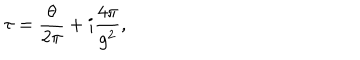
\tau = \frac { \theta } { 2 \pi } + i \frac { 4 \pi } { g ^ { 2 } } ,